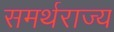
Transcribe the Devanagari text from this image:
समर्थराज्य